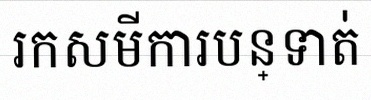
រកសមីការបន្ទាត់